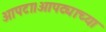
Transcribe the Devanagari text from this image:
आपटा।आपट्याच्या